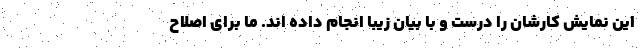
این نمایش کارشان را درست و با بیان زیبا انجام داده اند. ما برای اصلاح